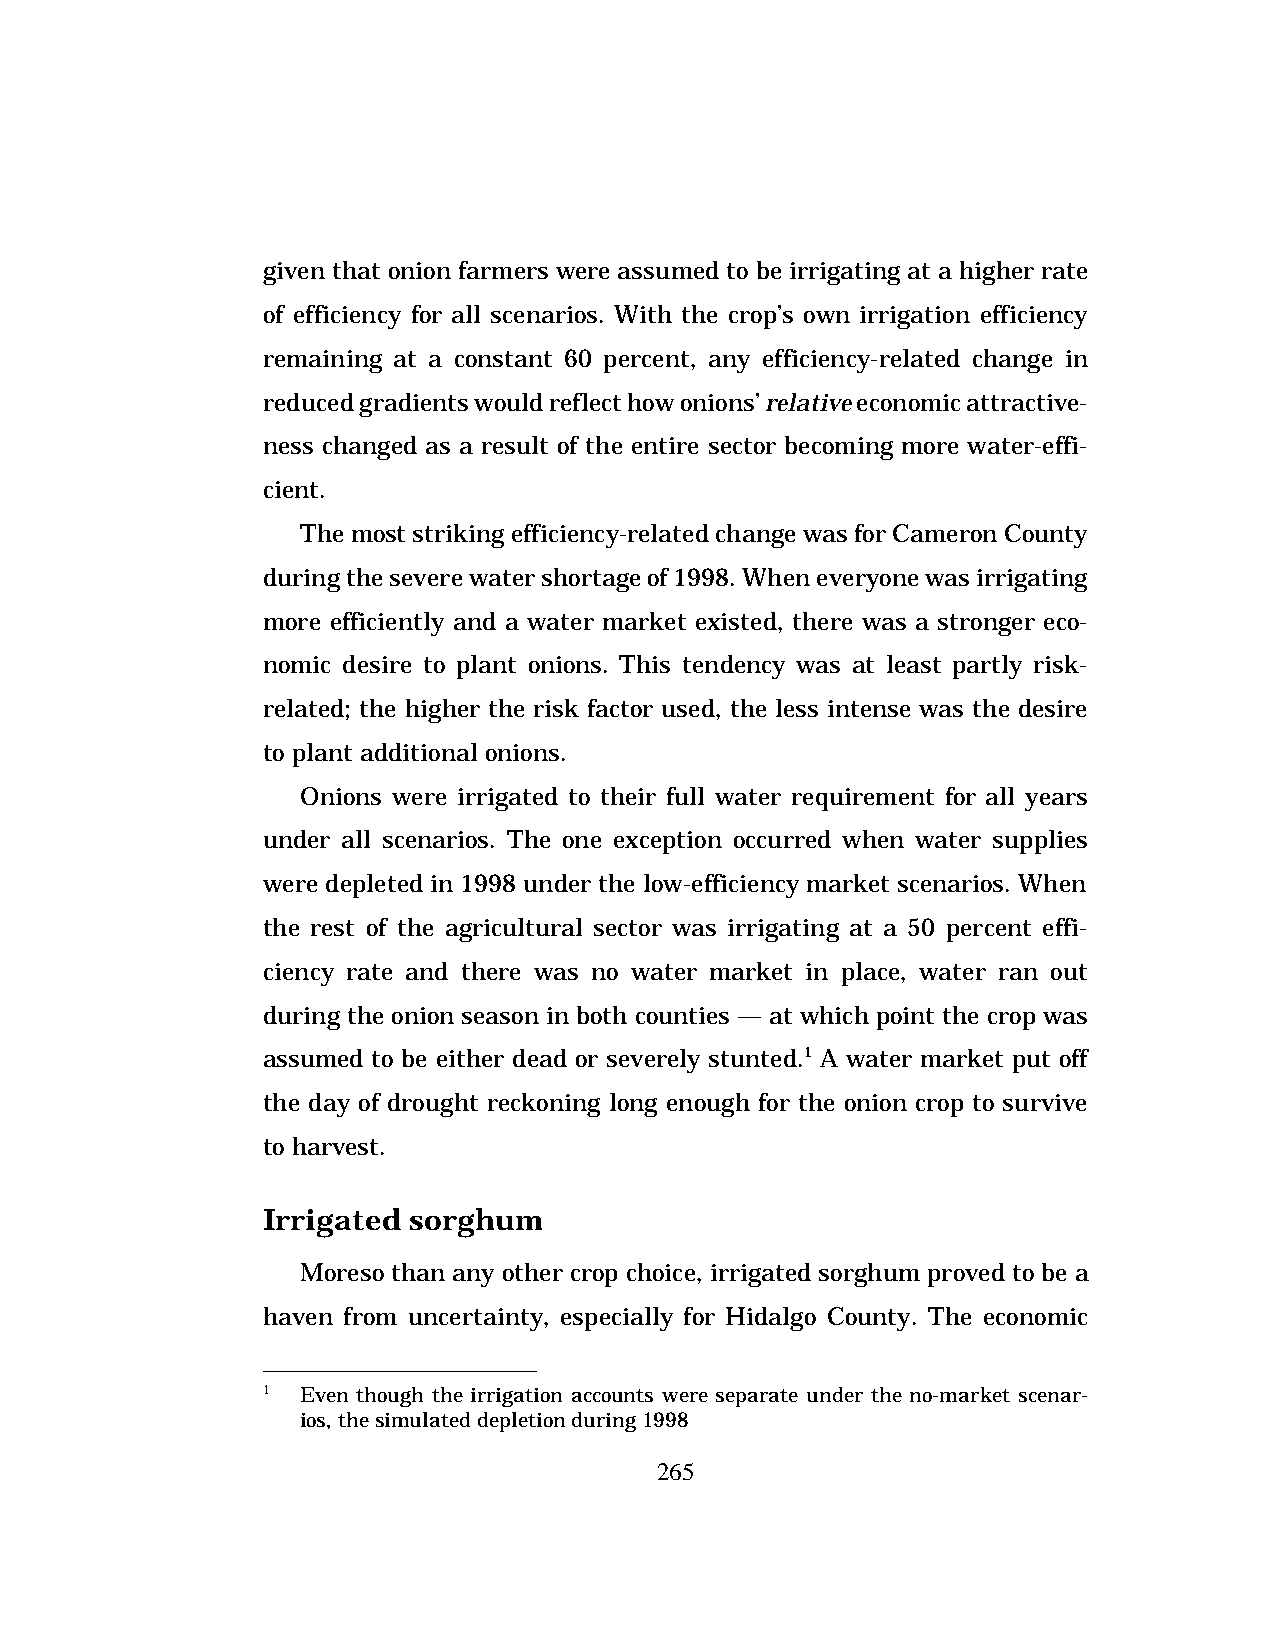
given that onion farmers were assumed to be irrigating at a higher rate
 of efficiency for all scenarios. With the crop’s own irrigation efficiency
 remaining at a constant 60 percent, any efficiency-related change in
 reduced gradients would reflect how onions’ relative economic attractive-
 ness changed as a result of the entire sector becoming more water-effi-
 cient.
 The most striking efficiency-related change was for Cameron County
 during the severe water shortage of 1998. When everyone was irrigating
 more efficiently and a water market existed, there was a stronger eco-
 nomic desire to plant onions. This tendency was at least partly risk-
 related; the higher the risk factor used, the less intense was the desire
 to plant additional onions.
 Onions were irrigated to their full water requirement for all years
 under all scenarios. The one exception occurred when water supplies
 were depleted in 1998 under the low-efficiency market scenarios. When
 the rest of the agricultural sector was irrigating at a 50 percent effi-
 ciency rate and there was no water market in place, water ran out
 during the onion season in both counties — at which point the crop was
 assumed to be either dead or severely stunted.1 A water market put off
 the day of drought reckoning long enough for the onion crop to survive
 to harvest.
 Irrigated sorghum
 Moreso than any other crop choice, irrigated sorghum proved to be a
 haven from uncertainty, especially for Hidalgo County. The economic
 1  Even though the irrigation accounts were separate under the no-market scenar-
 ios, the simulated depletion during 1998
 265